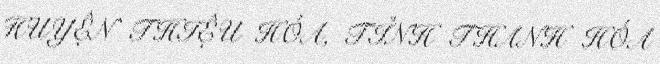
HUYỆN THIỆU HÓA, TỈNH THANH HÓA